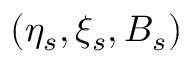
( \eta _ { s } , \xi _ { s } , B _ { s } )